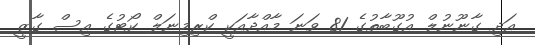
އަދި ގާނޫނުލް އުގޫބާތުގެ 81 ވަނަ މާއްދާއަކީ ކްރިމިނަލް ކޯޓުގެ އިސް ގާޒީ